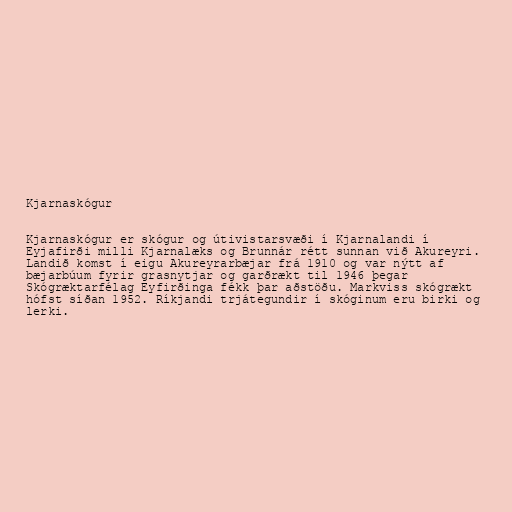
Kjarnaskógur

Kjarnaskógur er skógur og útivistarsvæði í Kjarnalandi í
Eyjafirði milli Kjarnalæks og Brunnár rétt sunnan við Akureyri.
Landið komst í eigu Akureyrarbæjar frá 1910 og var nýtt af
bæjarbúum fyrir grasnytjar og garðrækt til 1946 þegar
Skógræktarfélag Eyfirðinga fékk þar aðstöðu. Markviss skógrækt
hófst síðan 1952. Ríkjandi trjátegundir í skóginum eru birki og
lerki.